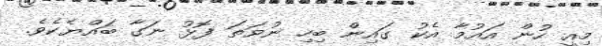
މިއީ ހުން އައުމާ އެކު ގައިން ބިހި ނުވަތަ ފޮޅު ނަގާ ބައްޔެކެވެ.